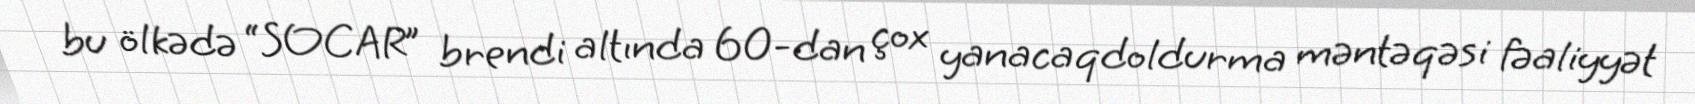
bu ölkədə “SOCAR” brendi altında 60-dan çox yanacaqdoldurma məntəqəsi fəaliyyət